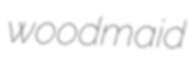
woodmaid